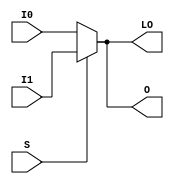
// $Header: /devl/xcs/repo/env/Databases/CAEInterfaces/xec_libs/data/unisims/MUXF8_D.v,v 1.1 2005/05/10 01:20:06 wloo Exp $

/*

FUNCTION	: 2 to 1 Multiplexer for Carry Logic

*/

`celldefine
`timescale  100 ps / 10 ps

module MUXF8_D (LO, O, I0, I1, S);

    output O, LO;
    reg    o_out, lo_out;

    input  I0, I1, S;

    buf B1 (O, o_out);
    buf B2 (LO, lo_out);

	always @(I0 or I1 or S) begin
	    if (S)
		o_out <= I1;
	    else
		o_out <= I0;
	end

	always @(I0 or I1 or S) begin
	    if (S)
		lo_out <= I1;
	    else
		lo_out <= I0;
	end

endmodule